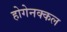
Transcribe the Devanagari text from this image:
होगेनक्कल